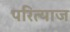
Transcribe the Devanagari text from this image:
परित्याज